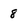
Character: 8